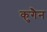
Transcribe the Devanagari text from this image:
कुगैन